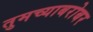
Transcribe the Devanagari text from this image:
तुमच्याबरोबर